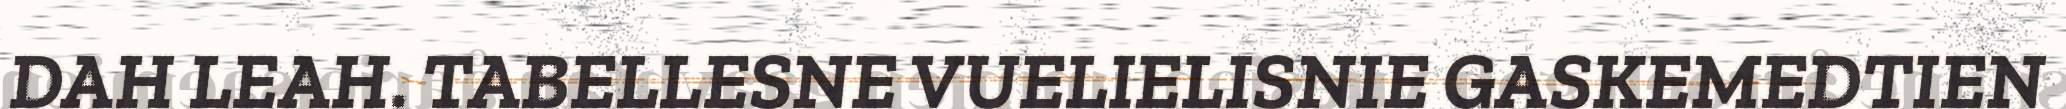
DAH LEAH. TABELLESNE VUELIELISNIE GASKEMEDTIEN